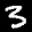
Label: 3